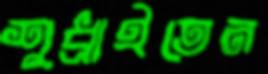
শুধ্‌রাইতেন